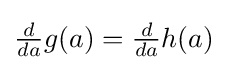
{\textstyle {\frac {d}{da}}g(a)={\frac {d}{da}}h(a)}